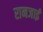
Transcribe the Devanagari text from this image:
रानजाई